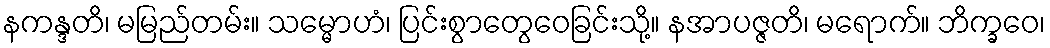
နကန္ဒတိ၊ မမြည်တမ်း။ သမ္မောဟံ၊ ပြင်းစွာတွေဝေခြင်းသို့။ နအာပဇ္ဇတိ၊ မရောက်။ ဘိက္ခဝေ၊